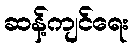
ဆန့်ကျင်ရေး